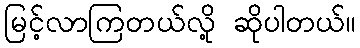
မြင့်လာကြတယ်လို့ ဆိုပါတယ်။